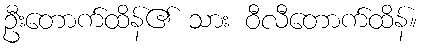
ဦးတောက်ထိန်၏ သား ဝီလီတောက်ထိန်။